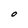
Character: O